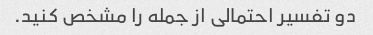
دو تفسیر احتمالی از جمله را مشخص کنید.